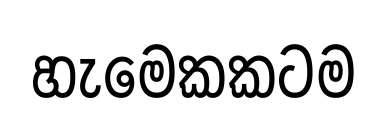
හැමෙකකටම